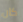
كان